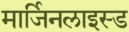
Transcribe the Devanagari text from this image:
मार्जिनलाइस्ड